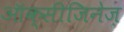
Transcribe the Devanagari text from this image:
ऑक्सीजिनेज़